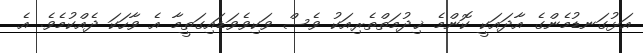
އަޅުގަނޑުމެންގެ އާދައަކީ ކޮންމެ ޚިދުމަތްތެރިއަކު ވެސް ވަކިވެވަޑައިގަތީމާ އެ ވާހަކަ ދެއްކުމެވެ. އެ